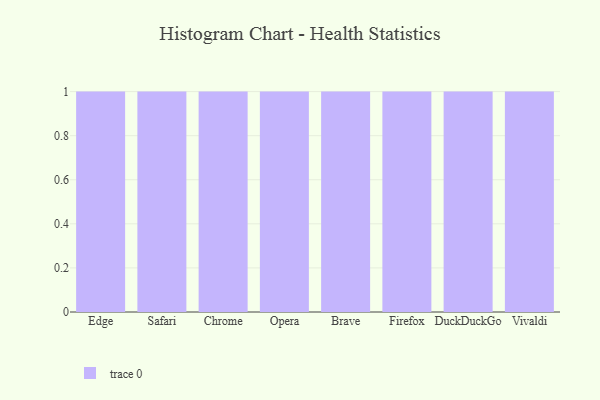
{"axis": {"x": "Browser", "y": "Shipments"}, "legend": [""], "data": [{"x": "Edge", "y": 24, "type": ""}, {"x": "Safari", "y": 93, "type": ""}, {"x": "Chrome", "y": 88, "type": ""}, {"x": "Opera", "y": 19, "type": ""}, {"x": "Brave", "y": 29, "type": ""}, {"x": "Firefox", "y": 80, "type": ""}, {"x": "DuckDuckGo", "y": 28, "type": ""}, {"x": "Vivaldi", "y": 40, "type": ""}]}